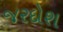
જરદોશ